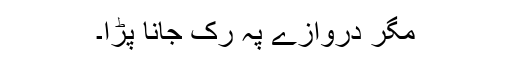
مگر دروازے پہ رک جانا پڑا۔